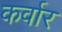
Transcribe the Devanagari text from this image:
कर्वार